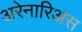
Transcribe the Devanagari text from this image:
अरेनारिअस